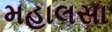
મહાલસા